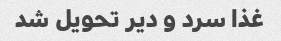
غذا سرد و دیر تحویل شد